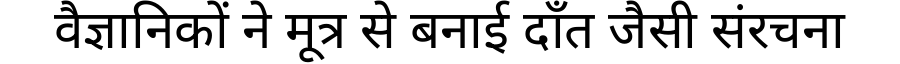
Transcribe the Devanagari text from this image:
वैज्ञानिकों ने मूत्र से बनाई दाँत जैसी संरचना